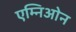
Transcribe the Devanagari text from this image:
एम्निओन